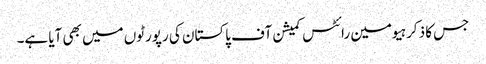
جس کا ذکر ہیومین رائٹس کمیشن آف پاکستان کی رپورٹوں میں بھی آیا ہے۔